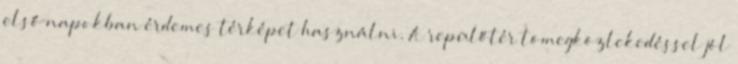
első napokban érdemes térképet használni. A repülőtér tömegközlekedéssel jól